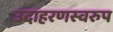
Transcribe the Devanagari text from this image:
उदाहरणस्‍वरुप